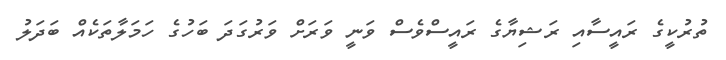
ތުރުކީގެ ރައީސާއި ރަޝިޔާގެ ރައީސްވެސް ވަނީ ވަރަށް ވަރުގަދަ ބަހުގެ ހަމަލާތަކެއް ބަދަލު